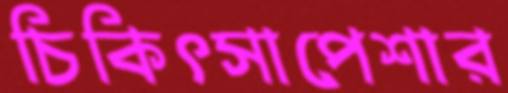
চিকিৎসাপেশার